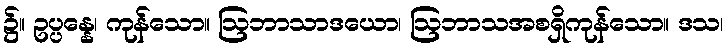
၌။ ဥပ္ပန္နေ၊ ကုန်သော။ ဩဘာသာဒယော၊ ဩဘာသအစရှိကုန်သော။ ဒသ၊